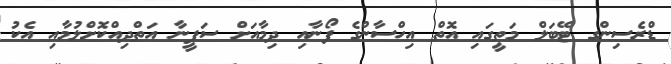
ޑްރެސިންގ ޓޭބަލް މަތީގައި އޮތް އިހްސާންގެ ފޯނާއި ދިމާއަށް ސަފީނާ އަތްދިއްކޮށްލުމާއި އެކު